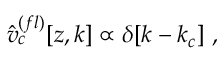
\hat { v } _ { c } ^ { ( f l ) } [ z , k ] \propto \delta [ k - k _ { c } ] \ , \